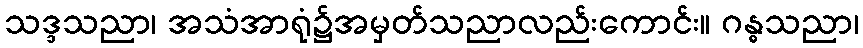
သဒ္ဒသညာ၊ အသံအာရုံ၌အမှတ်သညာလည်းကောင်း။ ဂန္ဓသညာ၊